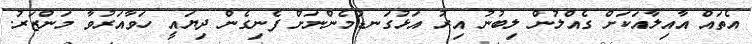
އެތައް އާއިލާއަަކަށް ގެއްލުން ލިބުނު އިރު އަޅުގަނޑުމެންނަށް ފެނިގެން ދިޔައީ ހަވާއަރުވާ މަންޒަރު.